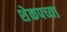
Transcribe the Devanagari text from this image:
शेकपच्या